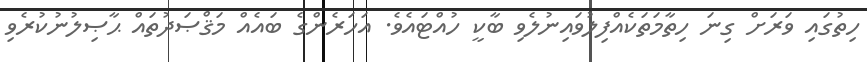
ހިތުގައި ވަރަށް ގިނަ ހިތާމަތަކެއްފިލުވައިނުލެވި ބާކީ ހުއްޓައެވެ. އަހަރެންގެ ބައެއް މަޤްޞަދުތައް ޙާޞިލުނުކުރެވި